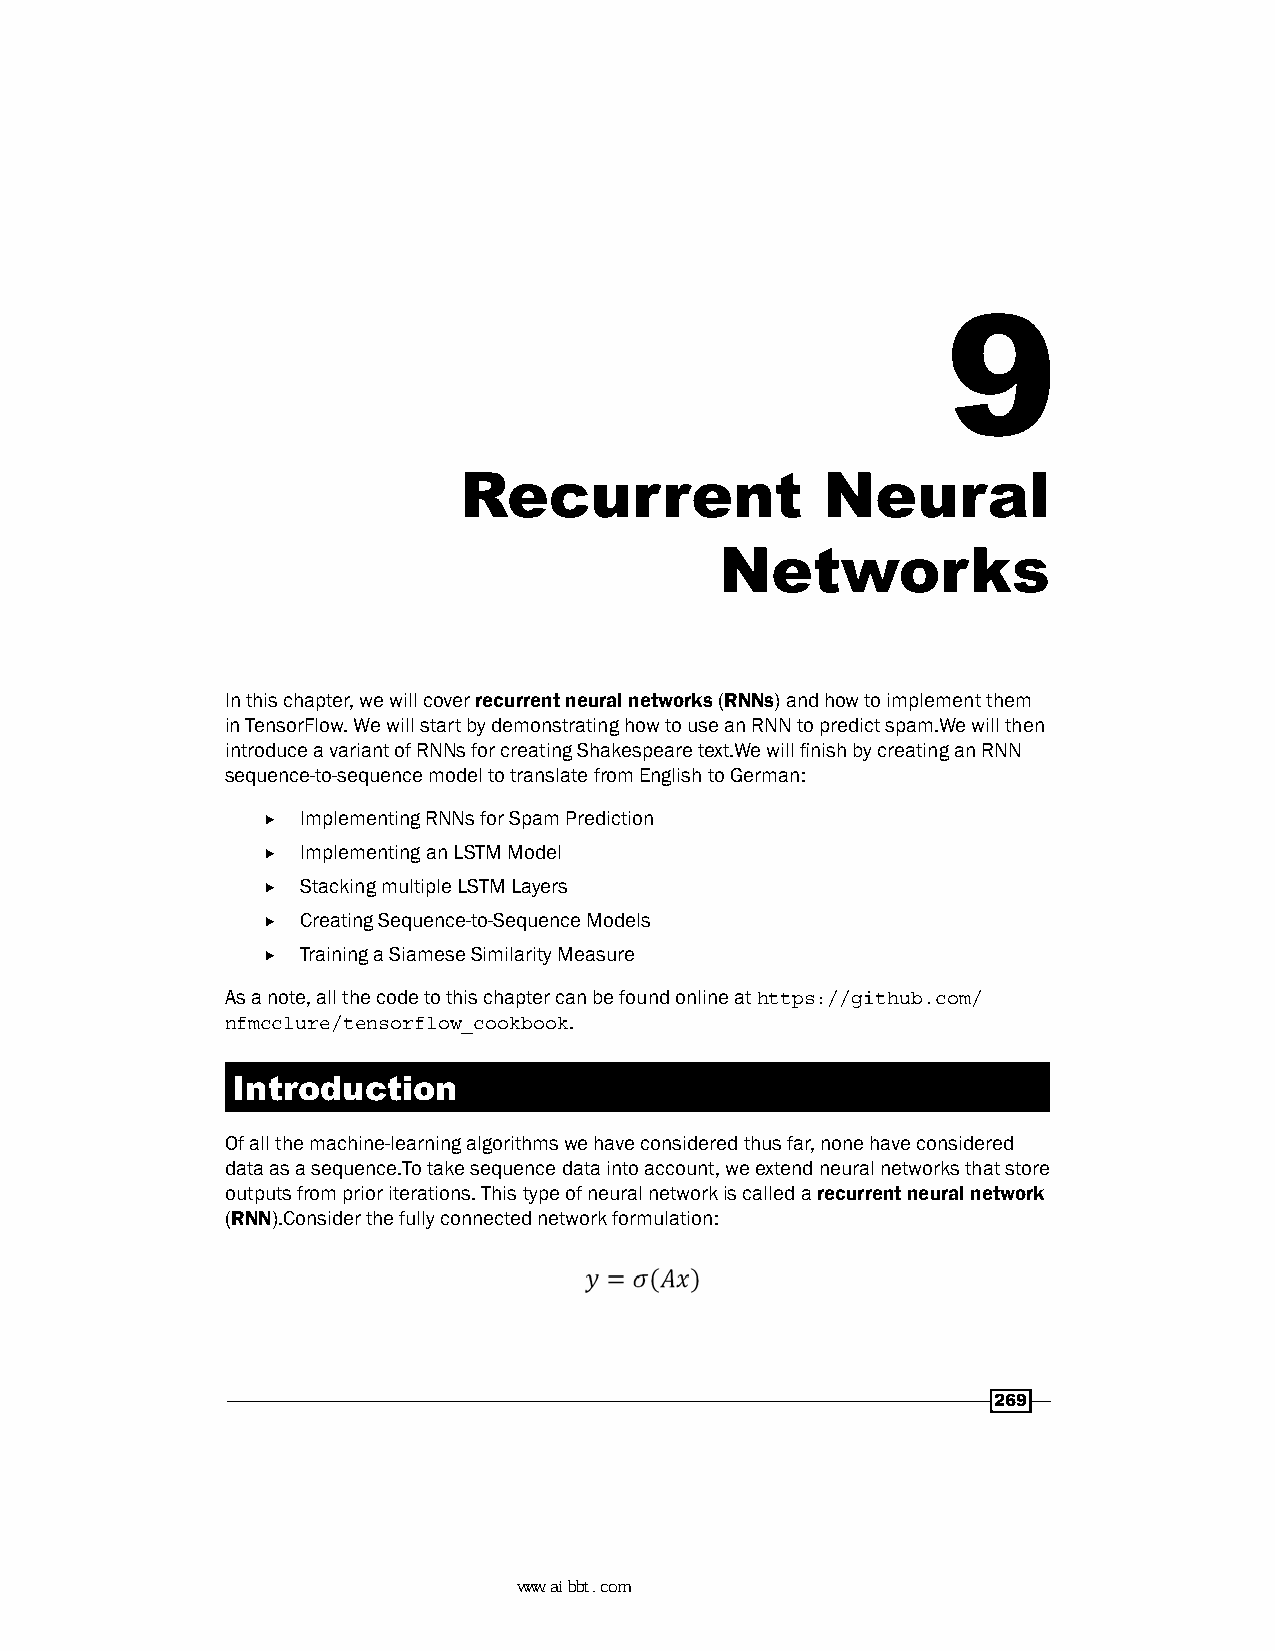
9
 Recurrent                Neural
 Networks
 In this chapter, we will cover recurrent neural networks (RNNs) and how to implement them
 in TensorFlow. We will start by demonstrating how to use an RNN to predict spam.We will then
 introduce a variant of RNNs for creating Shakespeare text.We will finish by creating an RNN
 sequence-to-sequence model to translate from English to German:
 f  Implementing RNNs for Spam Prediction
 f  Implementing an LSTM Model
 f  Stacking multiple LSTM Layers
 f  Creating Sequence-to-Sequence Models
 f  Training a Siamese Similarity Measure
 As a note, all the code to this chapter can be found online at https://github.com/
 nfmcclure/tensorflow_cookbook.
 Introduction
 Of all the machine-learning algorithms we have considered thus far, none have considered
 data as a sequence.To take sequence data into account, we extend neural networks that store
 outputs from prior iterations. This type of neural network is called a recurrent neural network
 (RNN).Consider the fully connected network formulation:
 269
 www.aibbt.com 让未来触手可及